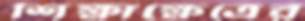
শিক্ষাক্ষেত্রের